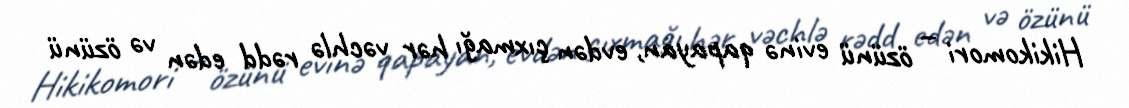
Hikikomori – özünü evinə qapayan, evdən çıxmağı hər vəchlə rədd edən və özünü